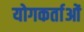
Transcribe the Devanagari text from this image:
योगकर्ताओं